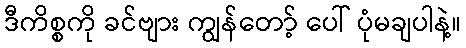
ဒီကိစ္စကို ခင်ဗျား ကျွန်တော့် ပေါ် ပုံမချပါနဲ့။